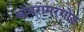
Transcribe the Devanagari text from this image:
ओबरामरगोउ